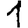
Digit: 1